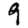
Digit: 9